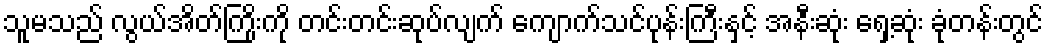
သူမသည် လွယ်အိတ်ကြိုးကို တင်းတင်းဆုပ်လျက် ကျောက်သင်ပုန်းကြီးနှင့် အနီးဆုံး ရှေ့ဆုံး ခုံတန်းတွင်